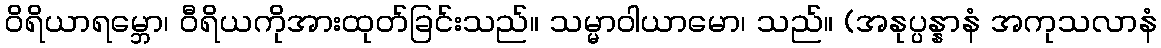
ဝိရိယာရမ္ဘော၊ ဝီရိယကိုအားထုတ်ခြင်းသည်။ သမ္မာဝါယာမော၊ သည်။ (အနုပ္ပန္နာနံ အကုသလာနံ